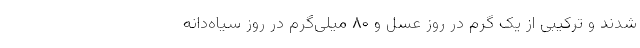
شدند و ترکیبی از یک گرم در روز عسل و ۸۰ میلی‌گرم در روز سیاه‌دانه